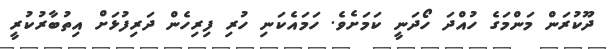
ދޫކުރަން މަންމަގެ ހުއްދަ ހޯދަނީ ކަމަށެވެ. ހަމައެކަނި ހުރި ފިރިހެން ދަރިފުޅަށް އިތުބާރުކުރީ